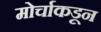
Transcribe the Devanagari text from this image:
मोर्चाकडून